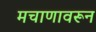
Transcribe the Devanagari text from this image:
मचाणावरून